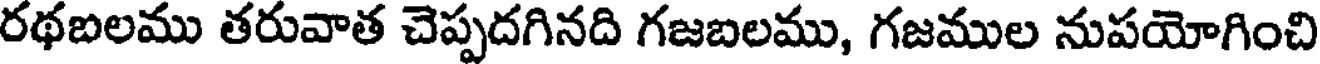
రథబలము తరువాత చెప్పదగినది గజబలము, గజముల నుపయోగించి